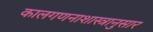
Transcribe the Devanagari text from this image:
कालगणनाशास्त्रानुसार